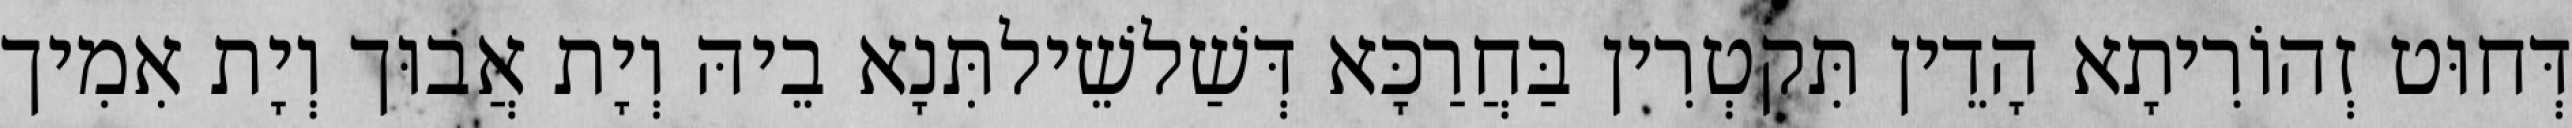
דְּחוּט זְהוֹרִיתָא הָדֵין תִּקטְרִין בַּחֲרַכָּא דְּשַׁלשֵׁילתִּנָא בֵיהּ וְיָת אֲבוּך וְיָת אִמִיך